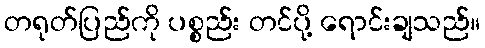
တရုတ်ပြည်ကို ပစ္စည်း တင်ပို့ ရောင်းချသည်။